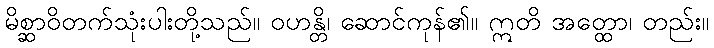
မိစ္ဆာဝိတက်သုံးပါးတို့သည်။ ဝဟန္တိ၊ ဆောင်ကုန်၏။ ဣတိ အတ္ထော၊ တည်း။